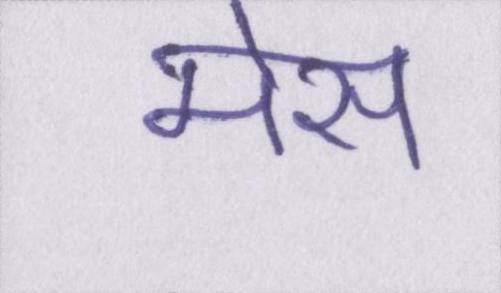
मेस